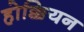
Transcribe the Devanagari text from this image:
होक्कियन